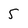
Character: 5